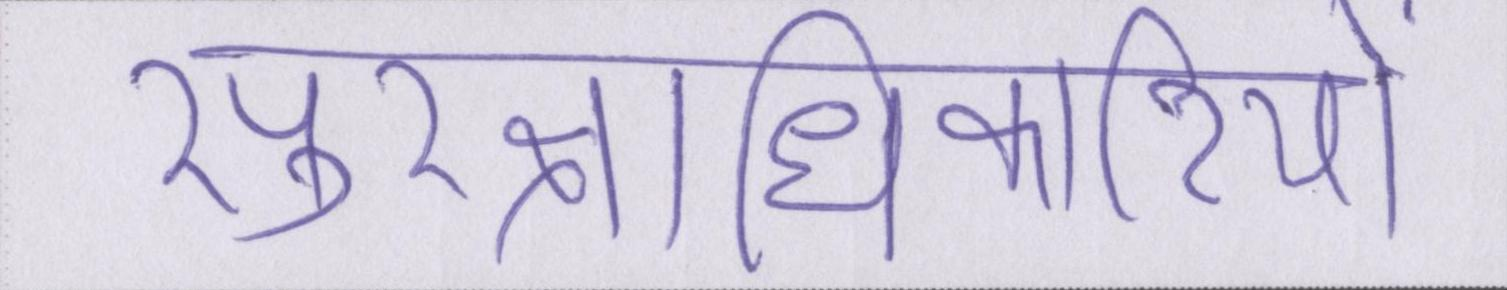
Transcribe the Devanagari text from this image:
सुरक्षाधिकारियों